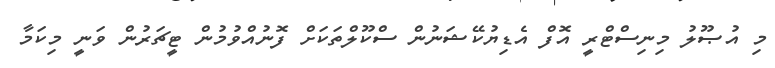
މި އުޞޫލު މިނިސްޓްރީ އޮފް އެޑިޔުކޭޝަނުން ސްކޫލްތަކަށް ފޮނުއްވުމުން ޓީޗަރުން ވަނީ މިކަމާ